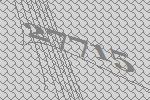
27715